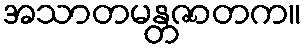
အသာတမန္တဇာတက။